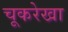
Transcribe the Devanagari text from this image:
चूकरेखा